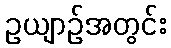
ဥယျာဉ်အတွင်း